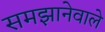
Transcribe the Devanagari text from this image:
समझानेवाले